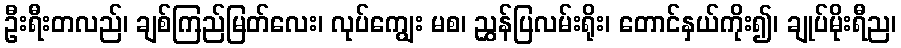
ဦးရီးတလည်၊ ချစ်ကြည်မြတ်လေး၊ လုပ်ကျွေး မစ၊ ညွှန်ပြလမ်းရိုး၊ တောင်နှယ်ကိုး၍၊ ချုပ်မိုးရီည၊